Annual report of the Punjab Veterinary College and of the Civil Veterinary Department, Punjab - 1920-1925
Year: 1920
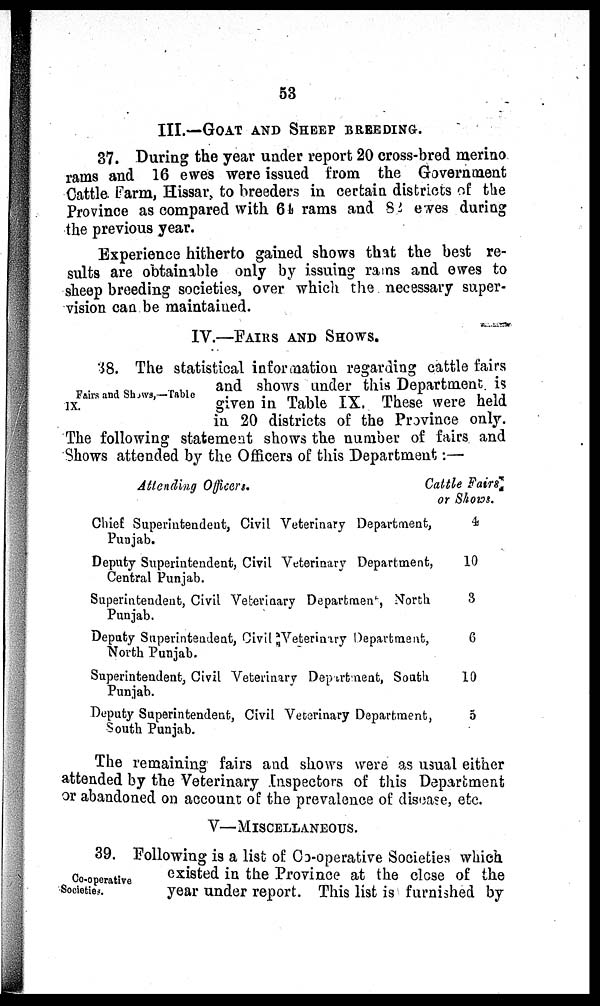
53
III.—GOAT AND SHEEP BREEDING.
37. During the year under report 20 cross-bred merino
rams and 16 ewes were issued from the Government
Cattle Farm, Hissar, to breeders in certain districts of the
Province as compared with 64 rams and 82 ewes during
the previous year.
Experience hitherto gained shows that the best re-
sults are obtainable only by issuing rams and ewes to
sheep breeding societies, over which the necessary super-
vision can be maintained.
IV.—FAIRS AND SHOWS.
Fairs and Shows,—Table
IX.
38. The statistical information regarding cattle fairs
and shows under this Department is
given in Table IX. These were held
in 20 districts of the Province only.
The following statement shows the number of fairs and
Shows attended by the Officers of this Department:—
Attending Officers.
Chief Superintendent, Civil Veterinary Department,
Punjab.
Deputy Superintendent, Civil Veterinary Department,
Central Punjab.
Superintendent, Civil Veterinary Department, North
Punjab.
Deputy Superintendent, Civil Veterinary Department,
North Punjab.
Superintendent, Civil Veterinary Department, South
Punjab.
Deputy Superintendent, Civil Veterinary Department,
South Punjab.
Cattle Fairs
or Shows.
4
10
3
6
10
5
The remaining fairs and shows were as usual either
attended by the Veterinary Inspectors of this Department
or abandoned on account of the prevalence of disease, etc.
V—MISCELLANEOUS.
Co-operative
Societies.
39. Following is a list of Co-operative Societies which
existed in the Province at the close of the
year under report. This list is furnished by